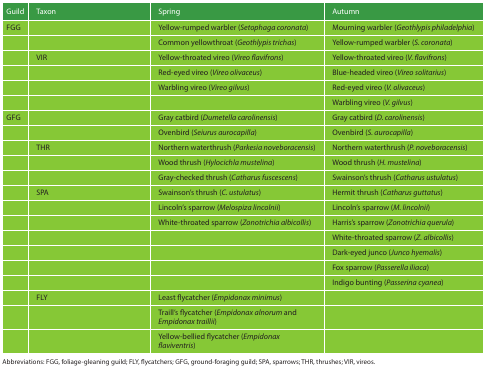
<table><thead><tr><td><b>Guild</b></td><td><b>Taxon</b></td><td><b>Spring</b></td><td><b>Autumn</b></td></tr></thead><tbody><tr><td>FGG</td><td></td><td>Yellow-rumped warbler (<i>Setophaga coronata</i>)</td><td>Mourning warbler (<i>Geothlypis philadelphia</i>)</td></tr><tr><td></td><td></td><td>Common yellowthroat (<i>Geothlypis trichas</i>)</td><td>Yellow-rumped warbler (<i>S. coronata</i>)</td></tr><tr><td></td><td>VIR</td><td>Yellow-throated vireo (<i>Vireo flavifrons</i>)</td><td>Yellow-throated vireo (<i>V. flavifrons</i>)</td></tr><tr><td></td><td></td><td>Red-eyed vireo (<i>Vireo olivaceus</i>)</td><td>Blue-headed vireo (<i>Vireo solitarius</i>)</td></tr><tr><td></td><td></td><td>Warbling vireo (<i>Vireo gilvus</i>)</td><td>Red-eyed vireo (<i>V. olivaceus</i>)</td></tr><tr><td></td><td></td><td></td><td>Warbling vireo (<i>V. gilvus</i>)</td></tr><tr><td>GFG</td><td></td><td>Gray catbird (<i>Dumetella carolinensis</i>)</td><td>Gray catbird (<i>D. carolinensis</i>)</td></tr><tr><td></td><td></td><td>Ovenbird (<i>Seiurus aurocapilla</i>)</td><td>Ovenbird (<i>S. aurocapilla</i>)</td></tr><tr><td></td><td>THR</td><td>Northern waterthrush (<i>Parkesia noveboracensis</i>)</td><td>Northern waterthrush (<i>P. noveboracensis</i>)</td></tr><tr><td></td><td></td><td>Wood thrush (<i>Hylocichla mustelina</i>)</td><td>Wood thrush (<i>H. mustelina</i>)</td></tr><tr><td></td><td></td><td>Gray-checked thrush (<i>Catharus fuscescens</i>)</td><td>Swainson&#x27;s thrush (<i>Catharus ustulatus</i>)</td></tr><tr><td></td><td>SPA</td><td>Swainson&#x27;s thrush (<i>C. ustulatus</i>)</td><td>Hermit thrush (<i>Catharus guttatus</i>)</td></tr><tr><td></td><td></td><td>Lincoln&#x27;s sparrow (<i>Melospiza lincolnii</i>)</td><td>Lincoln&#x27;s sparrow (<i>M. lincolnii</i>)</td></tr><tr><td></td><td></td><td>White-throated sparrow (<i>Zonotrichia albicollis</i>)</td><td>Harris&#x27;s sparrow (<i>Zonotrichia querula</i>)</td></tr><tr><td></td><td></td><td></td><td>White-throated sparrow (<i>Z. albicollis</i>)</td></tr><tr><td></td><td></td><td></td><td>Dark-eyed junco (<i>Junco hyemalis</i>)</td></tr><tr><td></td><td></td><td></td><td>Fox sparrow (<i>Passerella iliaca</i>)</td></tr><tr><td></td><td></td><td></td><td>Indigo bunting (<i>Passerina cyanea</i>)</td></tr><tr><td></td><td>FLY</td><td>Least flycatcher (<i>Empidonax minimus</i>)</td><td></td></tr><tr><td></td><td></td><td>Traill&#x27;s flycatcher (<i>Empidonax alnorum</i> and <i>Empidonax traillii</i>)</td><td></td></tr><tr><td></td><td></td><td>Yellow-bellied flycatcher (<i>Empidonax flaviventris</i>)</td><td></td></tr></tbody></table>